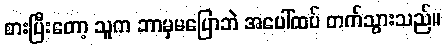
စားပြီးတော့ သူက ဘာမှမပြောဘဲ အပေါ်ထပ် တက်သွားသည်။